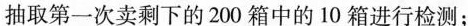
抽取第一次卖剩下的200箱中的10箱进行检测；